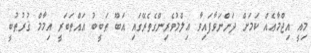
މިއީ އިޖްމާޢެއް ކަމަށް ދަންނަވާފައިވާ ޢިލްމުވެރިންގެތެރޭގައި އަބޫ ޠަބީބު އައްޠަބަރީ އިމާމް ޤުރުޠުބީ